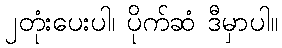
၂တုံးပေးပါ၊ ပိုက်ဆံ ဒီမှာပါ။